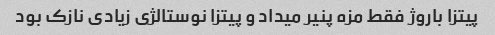
پیتزا باروژ فقط مزه پنیر میداد و پیتزا نوستالژی زیادی نازک بود